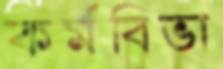
কর্মবিভা